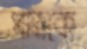
পাত্রকে